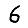
Digit: 6